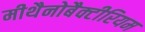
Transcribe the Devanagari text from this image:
मीथैनोबैक्टीरियम